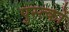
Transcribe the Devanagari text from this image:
पुस्त्कों